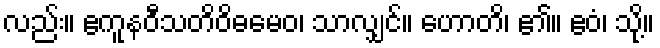
လည်း။ ဧကူနဝီသတိဝိဓမေဝ၊ သာလျှင်။ ဟောတိ၊ ၏။ ဧဝံ၊ သို့။